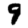
Digit: 9